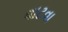
વાટવા